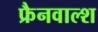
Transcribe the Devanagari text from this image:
फ्रैनवाल्श